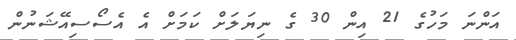
އަންނަ މަހުގެ 21 އިން 30 ގެ ނިޔަލަށް ކަމަށް އެ އެސޯސިއޭޝަނުން